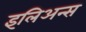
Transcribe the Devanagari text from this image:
इलिअन्स